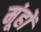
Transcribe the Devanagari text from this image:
मूंहों